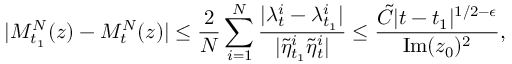
| M _ { t _ { 1 } } ^ { N } ( z ) - M _ { t } ^ { N } ( z ) | \leq \frac { 2 } { N } \sum _ { i = 1 } ^ { N } \frac { | \lambda _ { t } ^ { i } - \lambda _ { t _ { 1 } } ^ { i } | } { | \tilde { \eta } _ { t _ { 1 } } ^ { i } \tilde { \eta } _ { t } ^ { i } | } \leq \frac { \tilde { C } | t - t _ { 1 } | ^ { 1 / 2 - \epsilon } } { \mathrm { I m } ( z _ { 0 } ) ^ { 2 } } ,